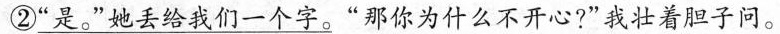
②”是。”她丢给我们一个字。”那你为什么不开心?”我壮着胆子问。